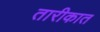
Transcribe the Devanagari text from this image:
तारीकात